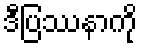
ဒီပြဿနာကို